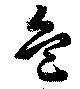
危